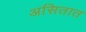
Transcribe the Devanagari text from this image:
असितात